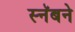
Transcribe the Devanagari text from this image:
स्नॅबने